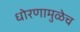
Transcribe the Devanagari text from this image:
धोरणामुळेच